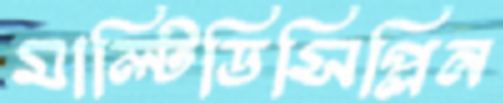
মাল্টিডিসিপ্লিন